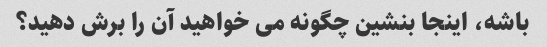
باشه، اینجا بنشین چگونه می خواهید آن را برش دهید؟